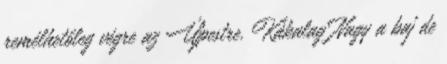
remélhetőleg végre az Újpestre. Kákalag Nagy a baj de